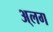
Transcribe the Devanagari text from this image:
अ्लग